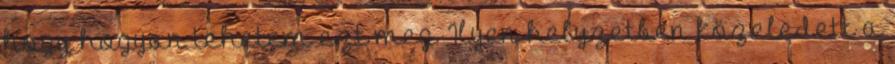
hogy hogyan tehetem ezt meg. Ilyen helyzetben közeledett a